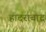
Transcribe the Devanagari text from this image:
हादराबाद